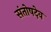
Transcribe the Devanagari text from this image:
संतोषदेव